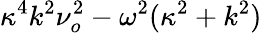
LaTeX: \kappa^{4}k^{2}\nu_{o}^{2}-\omega^{2}(\kappa^{2}+k^{2})